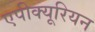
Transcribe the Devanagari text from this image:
एपीक्यूरियन